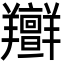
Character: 𦏭